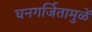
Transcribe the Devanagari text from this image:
घनगर्जितामुळें